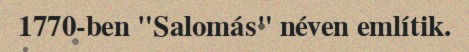
1770-ben "Salomás" néven említik.